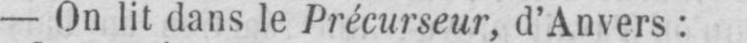
- On lit dans le Précurseur, d’Anvers: